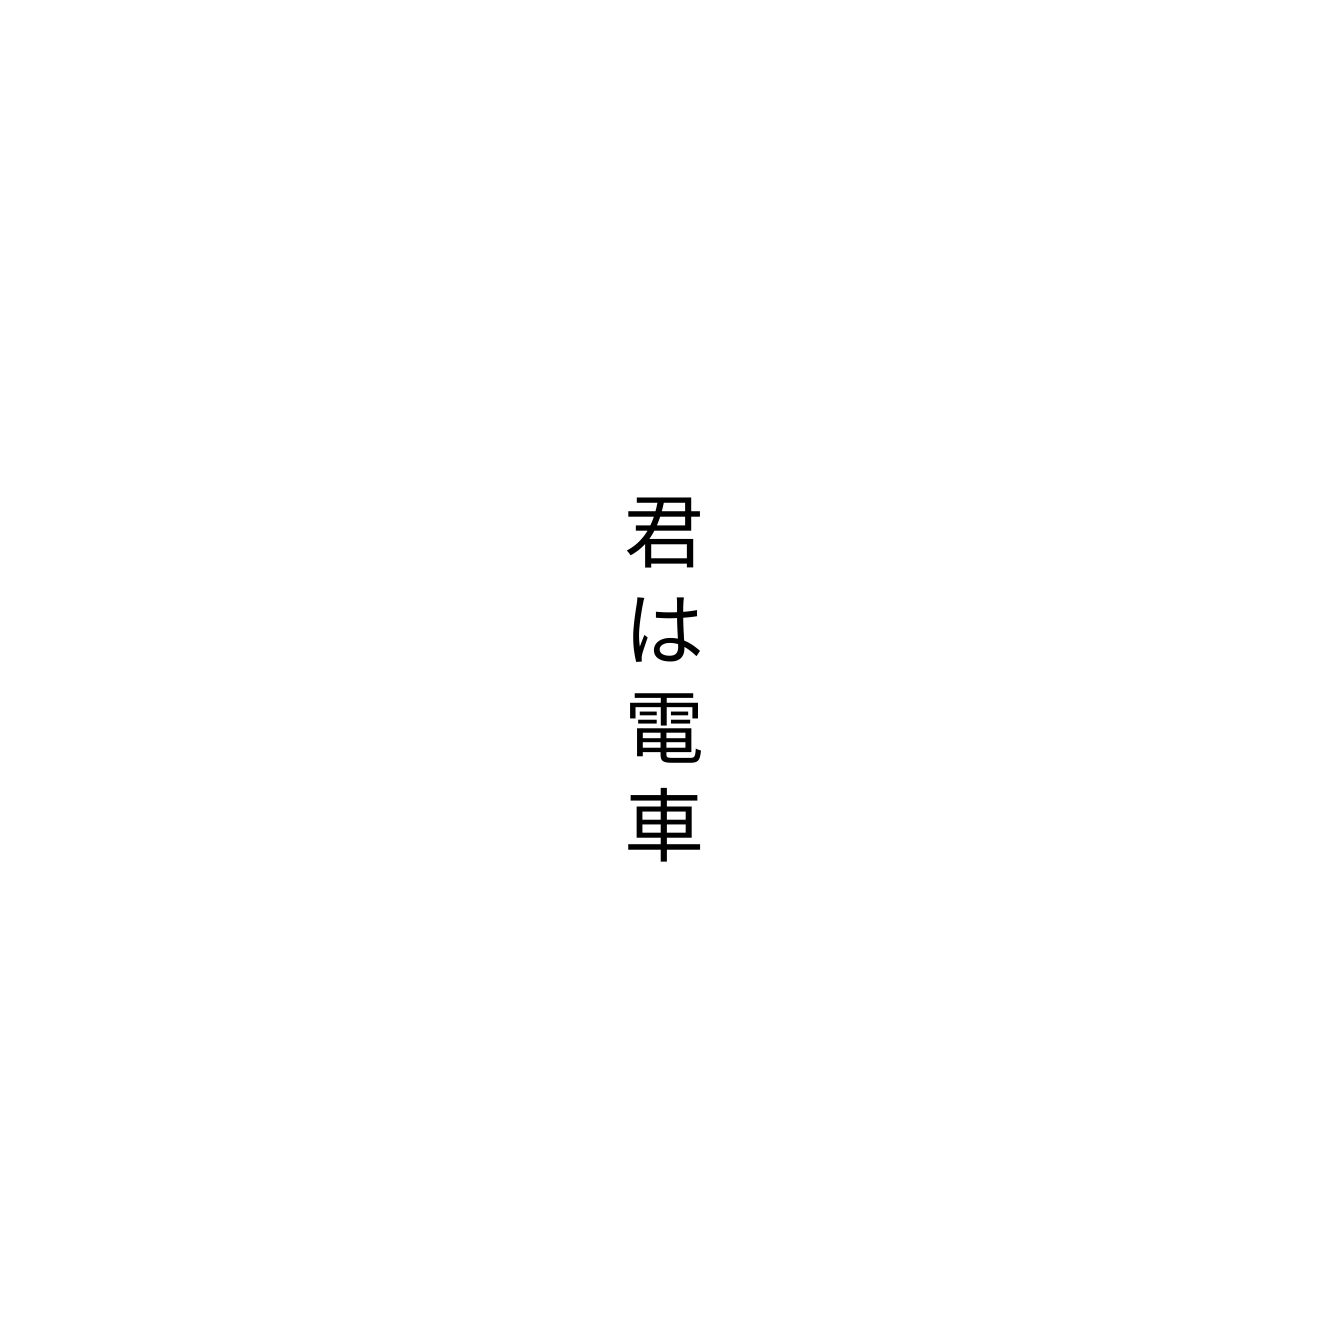
君は電車